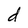
Character: d